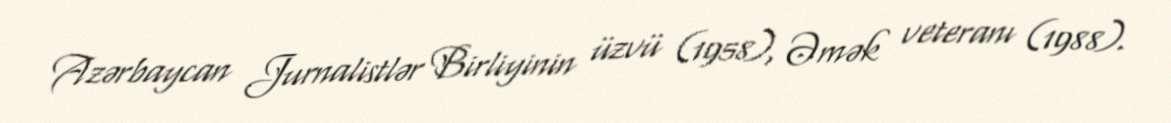
Azərbaycan Jurnalistlər Birliyinin üzvü (1958), Əmək veteranı (1988).